Document type: Barter
Year: 1304
Scribe: Pere Pometa
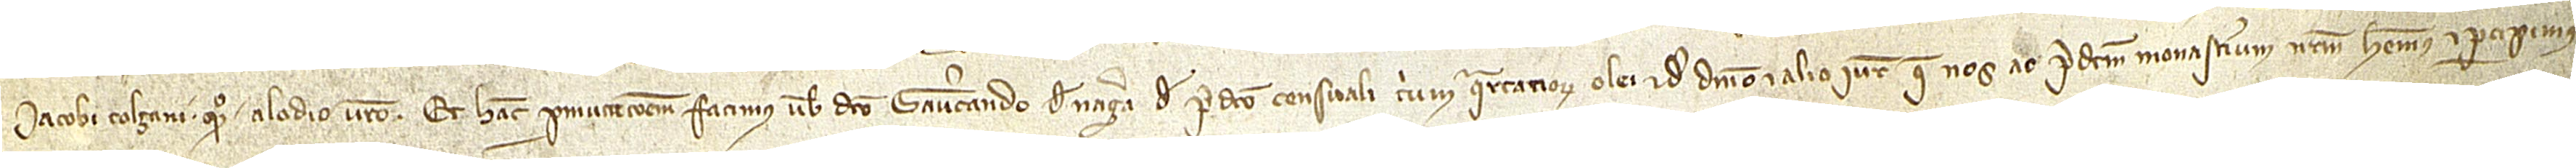
Iacobi Tolzani, quondam alodio vestro. Et hanc permutacionem facimus vobis dicto Gaucerando de Nagera de predicto censuali trium quartanorum olei, et de dominio et alio iure que nos ac predictum monasterium nostrum habemus et percipimus